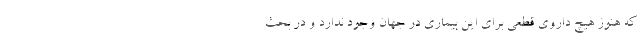
که هنوز هیچ داروی قطعی برای این بیماری در جهان وجود ندارد و در بحث